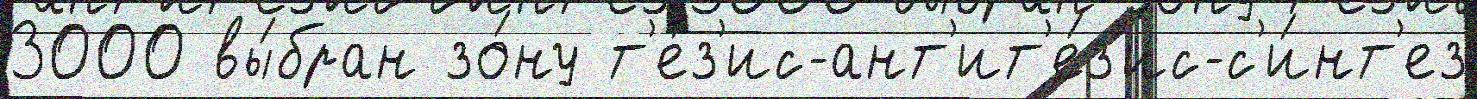
3000 вы́бран зо́ну т'е́з'ис-ант'ит'е́з'ис-с'и́нт'ез